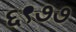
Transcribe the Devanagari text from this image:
६९७७